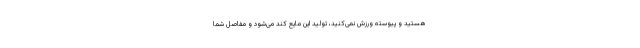
هستید و پیوسته ورزش نمی‌کنید، تولید این مایع کند می‌شود و مفاصل شما